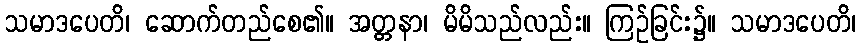
သမာဒပေတိ၊ ဆောက်တည်စေ၏။ အတ္တနာ၊ မိမိသည်လည်း။ ကြဉ်ခြင်း၌။ သမာဒပေတိ၊